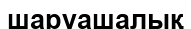
шаруашалық